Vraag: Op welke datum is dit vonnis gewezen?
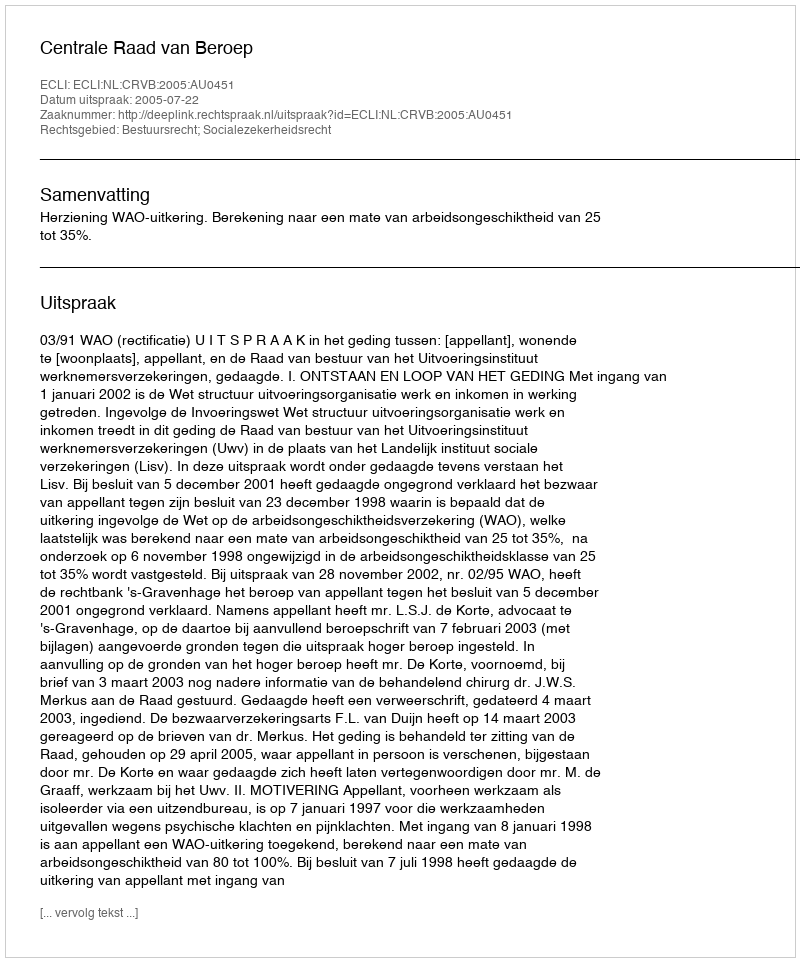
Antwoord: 2005-07-22